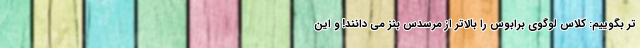
تر بگوییم: کلاس لوگوی برابوس را بالاتر از مرسدس بنز می دانند! و این